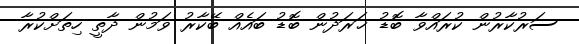
ސަރުކާރުން ކުރައްވާ ބޮޑު ޚަރަދުން ބޮޑު ބައެއް ބޭކާރު ވަމުން ދާތީ ހިތަށްކުރާ